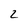
Character: 2